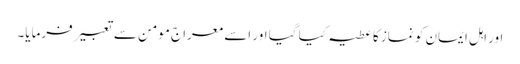
اور اہل ایمان کو نماز کا عطیہ کیا گیا اور اسے معراج مومن سے تعبیر فرمایا۔